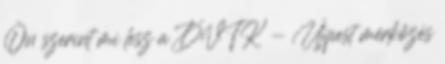
Ön szerint mi lesz a DVTK - Újpest mérkőzés